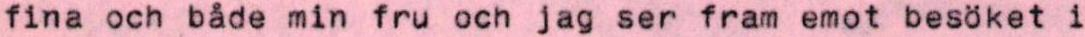
fina och både min fru och jag ser fram emot besöket i